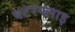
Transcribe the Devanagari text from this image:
बटरफ्लाइ